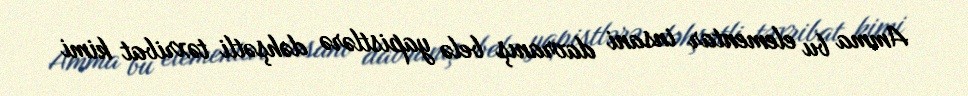
Amma bu elementar insani davranış belə yapistlərə dəhşətli təxribat kimi